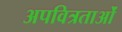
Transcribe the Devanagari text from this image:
अपवित्रताओं